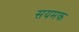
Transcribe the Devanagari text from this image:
सयमक